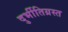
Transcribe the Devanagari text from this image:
दुर्भीतिग्रस्त